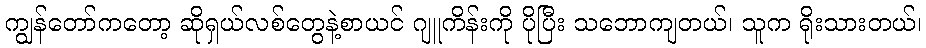
ကျွန်တော်ကတော့ ဆိုရှယ်လစ်တွေနဲ့စာယင် ဂျူကိန်းကို ပိုပြီး သဘောကျတယ်၊ သူက ရိုးသားတယ်၊